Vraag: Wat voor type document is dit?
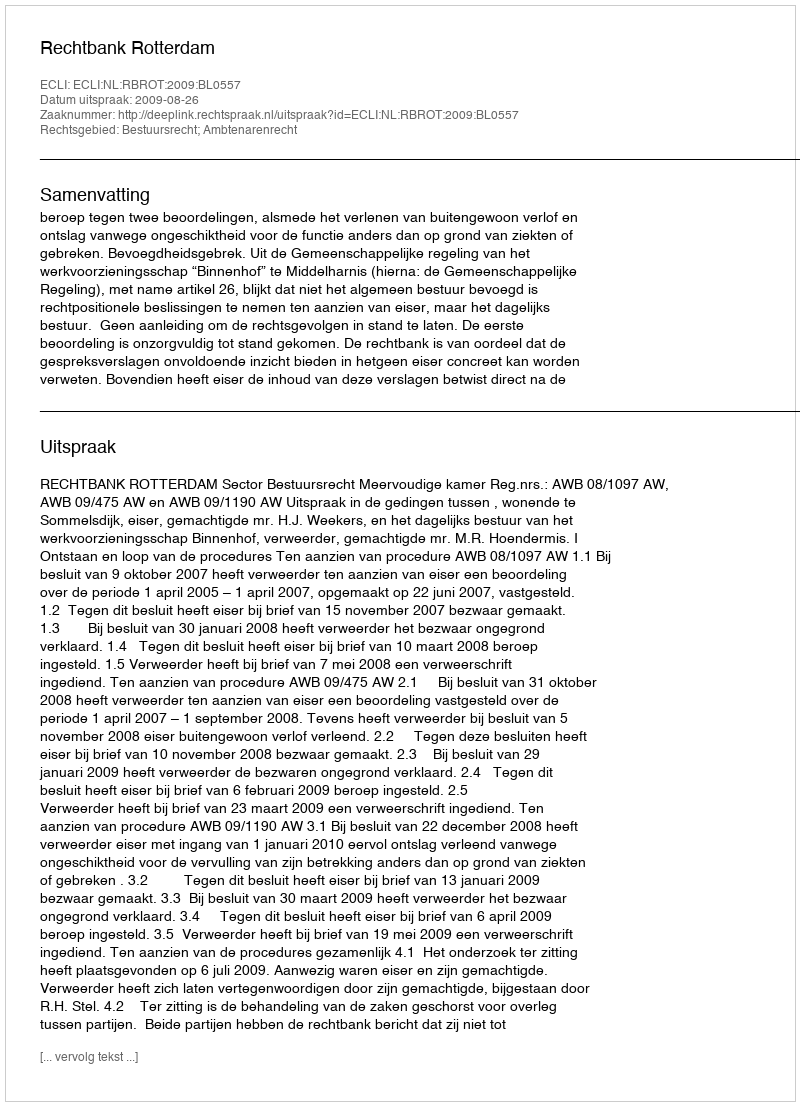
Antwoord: Uitspraak